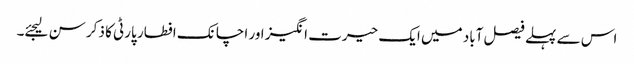
اس سے پہلے فیصل آباد میں ایک حیرت انگیز اور اچانک افطار پارٹی کا ذکر سن لیجئے۔